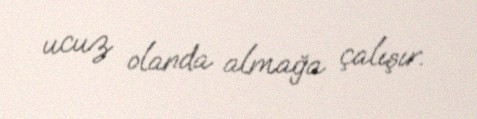
ucuz olanda almağa çalışır.